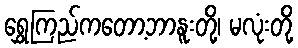
ရွှေကြည်ကတော့ဘာနူးတို့၊ မလုံးတို့